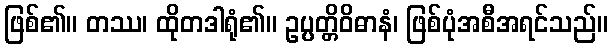
ဖြစ်၏။ တဿ၊ ထိုတဒါရုံ၏။ ဥပ္ပတ္တိဝိဓာနံ၊ ဖြစ်ပုံအစီအရင်သည်။